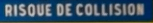
RISQUE DE COLLISION